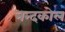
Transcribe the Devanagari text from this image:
नन्दकोल